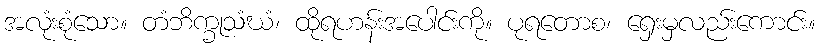
အလုံးစုံသော။ တံဘိက္ခုသံဃံ၊ ထိုရဟန်းအပေါင်းကို။ ပုရတောစ၊ ရှေးမှလည်းကောင်း။